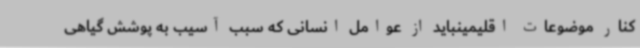
کنار موضوعات اقلیمینباید از عوامل انسانی که سبب آسیب به پوشش گیاهی